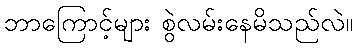
ဘာကြောင့်များ စွဲလမ်းနေမိသည်လဲ။